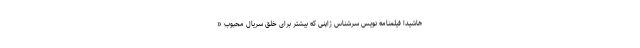
هاشیدا فیلمنامه نویس سرشناس ژاپنی که بیشتر برای خلق سریال محبوب «